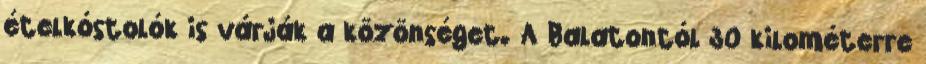
ételkóstolók is várják a közönséget. A Balatontól 30 kilométerre